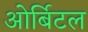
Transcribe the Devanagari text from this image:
ओर्बिटल